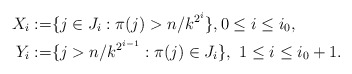
\begin{align*}X_i:=&\{j\in J_i:\pi(j)> n/k^{2^i}\},0\le i\le i_{0},\\Y_i:=&\{j>n/k^{2^{i-1}}:\pi(j)\in J_i\},~1\le i\le i_{0}+1.\end{align*}